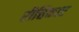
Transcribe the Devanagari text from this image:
रीत्तिकार